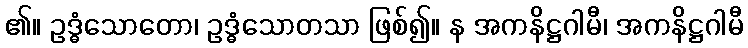
၏။ ဥဒ္ဓံသောတော၊ ဥဒ္ဓံသောတသာ ဖြစ်၍။ န အကနိဋ္ဌဂါမီ၊ အကနိဋ္ဌဂါမီ